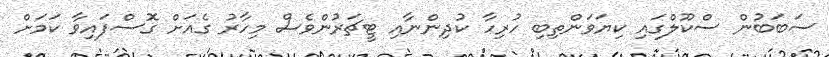
ސަބަބުން ސްކޫލްގައި ކިޔަވަންތިބި ހުރިހާ ކުދިންނާއި ޓީޗަރުންވެސް މިހާރު ގެއަށް ގޮސްފައިވާ ކަމަށް